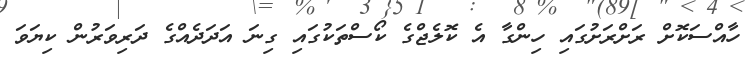
ހާއްސަކޮށް ރަށްރަށުގައި ހިންގާ އެ ކޮލެޖްގެ ކޯސްތަކުގައި ގިނަ އަދަދެއްގެ ދަރިވަރުން ކިޔަވަ